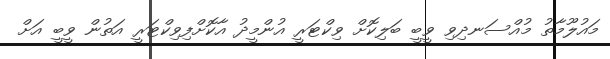
މައުލޫމާތު މުއްސަނދިވި ވީބީ ބަލިކޮށް ވިކްޓަރީ އުންމީދު އާކޮށްފިވިކްޓަރީ އަތުން ވީބީ އަށް